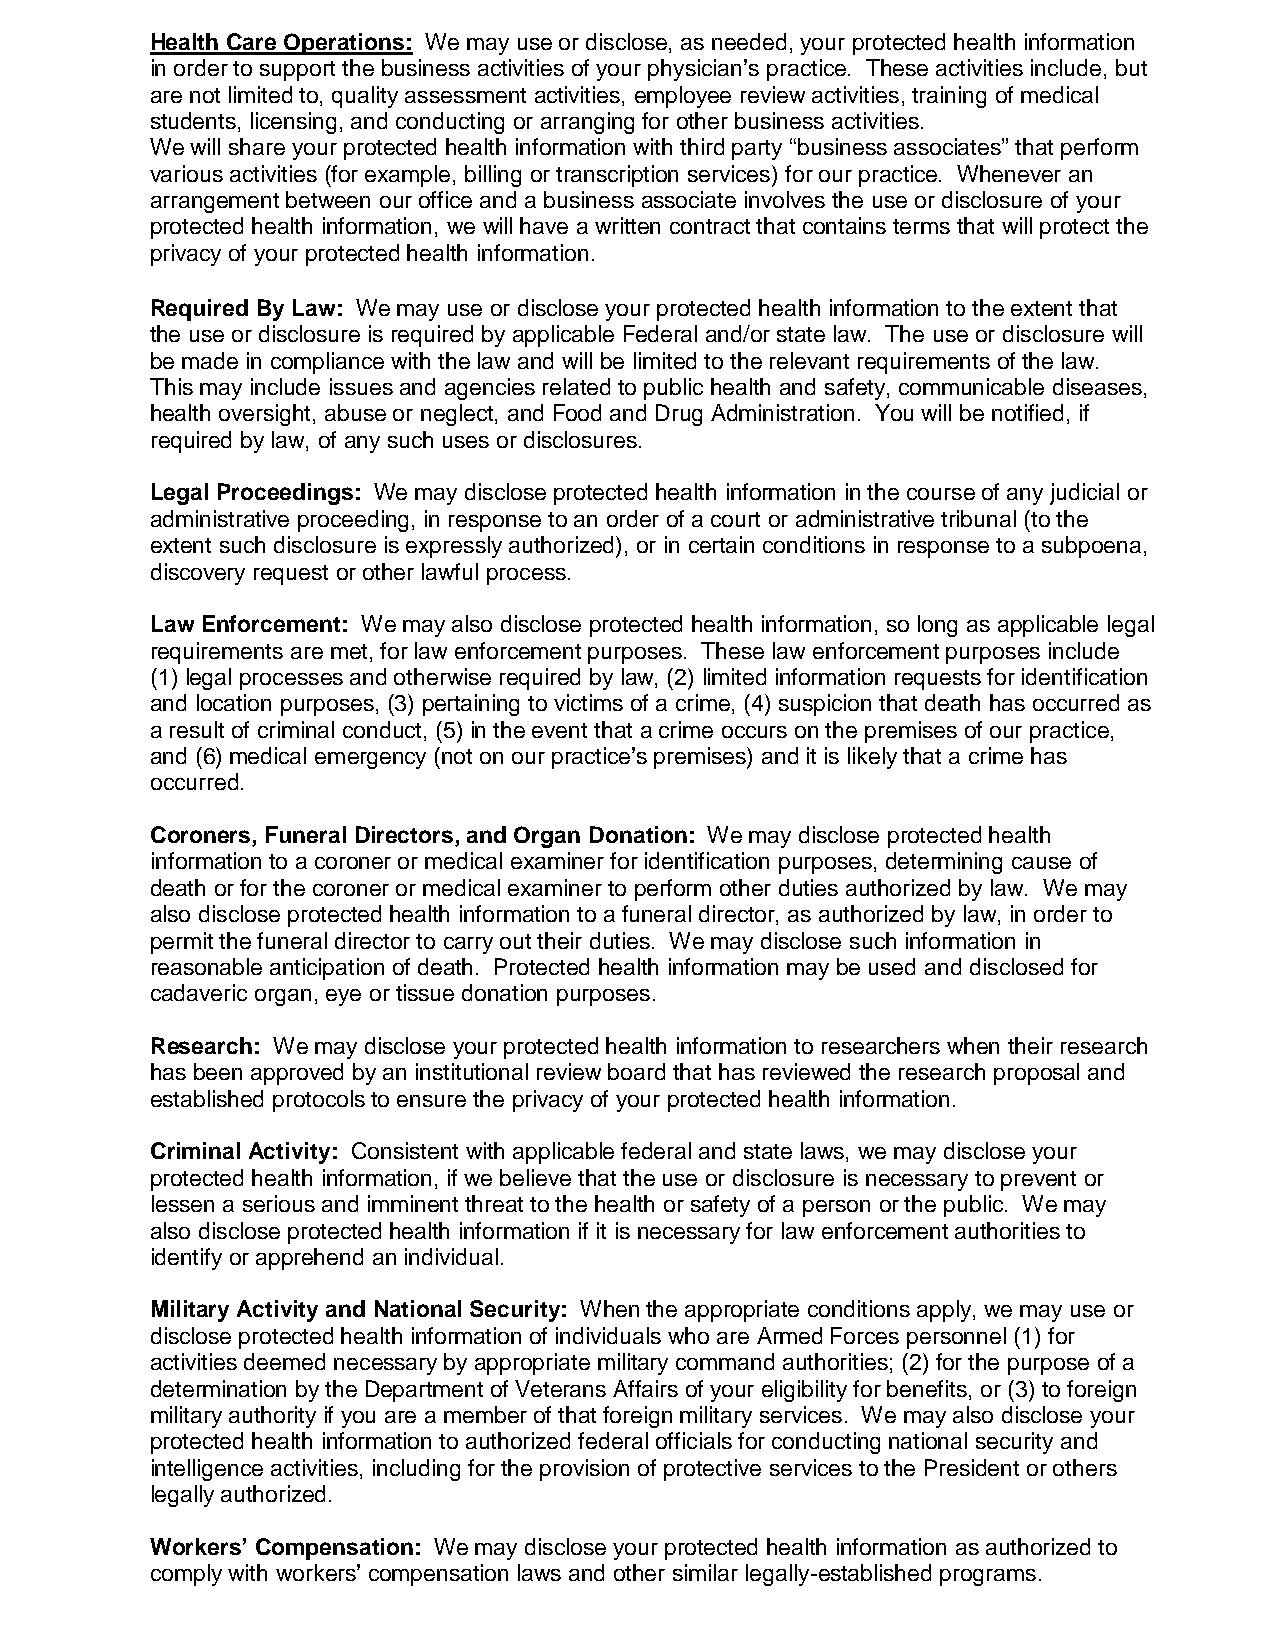
Health Care Operations: We may use or disclose, as needed, your protected health information
 in order to support the business activities of your physician’s practice. These activities include, but
 are not limited to, quality assessment activities, employee review activities, training of medical
 students, licensing, and conducting or arranging for other business activities.
 We will share your protected health information with third party “business associates” that perform
 various activities (for example, billing or transcription services) for our practice. Whenever an
 arrangement between our office and a business associate involves the use or disclosure of your
 protected health information, we will have a written contract that contains terms that will protect the
 privacy of your protected health information.
 Required By Law: We may use or disclose your protected health information to the extent that
 the use or disclosure is required by applicable Federal and/or state law. The use or disclosure will
 be made in compliance with the law and will be limited to the relevant requirements of the law.
 This may include issues and agencies related to public health and safety, communicable diseases,
 health oversight, abuse or neglect, and Food and Drug Administration. You will be notified, if
 required by law, of any such uses or disclosures.
 Legal Proceedings: We may disclose protected health information in the course of any judicial or
 administrative proceeding, in response to an order of a court or administrative tribunal (to the
 extent such disclosure is expressly authorized), or in certain conditions in response to a subpoena,
 discovery request or other lawful process.
 Law Enforcement: We may also disclose protected health information, so long as applicable legal
 requirements are met, for law enforcement purposes. These law enforcement purposes include
 (1) legal processes and otherwise required by law, (2) limited information requests for identification
 and location purposes, (3) pertaining to victims of a crime, (4) suspicion that death has occurred as
 a result of criminal conduct, (5) in the event that a crime occurs on the premises of our practice,
 and (6) medical emergency (not on our practice’s premises) and it is likely that a crime has
 occurred.
 Coroners, Funeral Directors, and Organ Donation: We may disclose protected health
 information to a coroner or medical examiner for identification purposes, determining cause of
 death or for the coroner or medical examiner to perform other duties authorized by law. We may
 also disclose protected health information to a funeral director, as authorized by law, in order to
 permit the funeral director to carry out their duties. We may disclose such information in
 reasonable anticipation of death. Protected health information may be used and disclosed for
 cadaveric organ, eye or tissue donation purposes.
 Research: We may disclose your protected health information to researchers when their research
 has been approved by an institutional review board that has reviewed the research proposal and
 established protocols to ensure the privacy of your protected health information.
 Criminal Activity: Consistent with applicable federal and state laws, we may disclose your
 protected health information, if we believe that the use or disclosure is necessary to prevent or
 lessen a serious and imminent threat to the health or safety of a person or the public. We may
 also disclose protected health information if it is necessary for law enforcement authorities to
 identify or apprehend an individual.
 Military Activity and National Security: When the appropriate conditions apply, we may use or
 disclose protected health information of individuals who are Armed Forces personnel (1) for
 activities deemed necessary by appropriate military command authorities; (2) for the purpose of a
 determination by the Department of Veterans Affairs of your eligibility for benefits, or (3) to foreign
 military authority if you are a member of that foreign military services. We may also disclose your
 protected health information to authorized federal officials for conducting national security and
 intelligence activities, including for the provision of protective services to the President or others
 legally authorized.
 Workers’ Compensation: We may disclose your protected health information as authorized to
 comply with workers’ compensation laws and other similar legally-established programs.